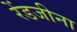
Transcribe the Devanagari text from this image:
रेंडजीना